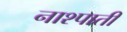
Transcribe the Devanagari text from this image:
नाश्पाती